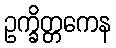
ဥက္ခိတ္တကေန